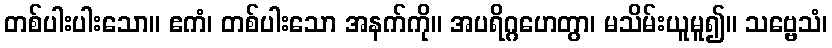
တစ်ပါးပါးသော။ ဧကံ၊ တစ်ပါးသော အနက်ကို။ အပရိဂ္ဂဟေတွာ၊ မသိမ်းယူမူ၍။ သဗ္ဗေသံ၊